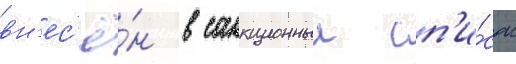
вн'ес'ё́н в санкционныи сп'и́сок